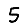
Digit: 5